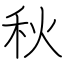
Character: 秋